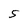
Character: 5